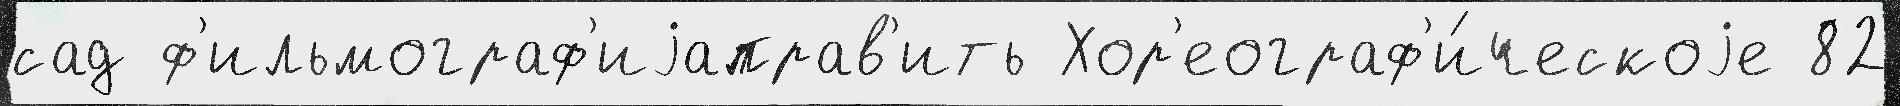
сад ф'ильмограф'иjаправ'ить Хор'еограф'и́ческоjе 82